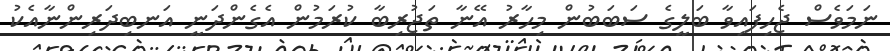
ނަމަވެސް ޖެހިފައިވާ ބަލީގެ ސަބަބުން މިހާރު އޭނާ ތަޖުރިބާ ކުރަމުން އެގެންދަނީ އަނބިދަރިންނާއެކު